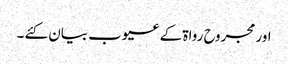
اور مجروح رواۃ کے عیوب بیان کئے ۔